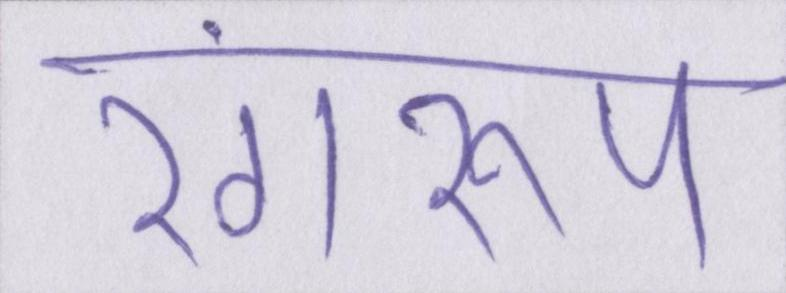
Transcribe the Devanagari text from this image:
रंगरूप